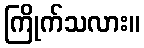
ကြိုက်သလား။